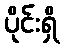
ပိုင်းရှိ